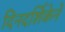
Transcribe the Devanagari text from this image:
दिनदर्शिकेने